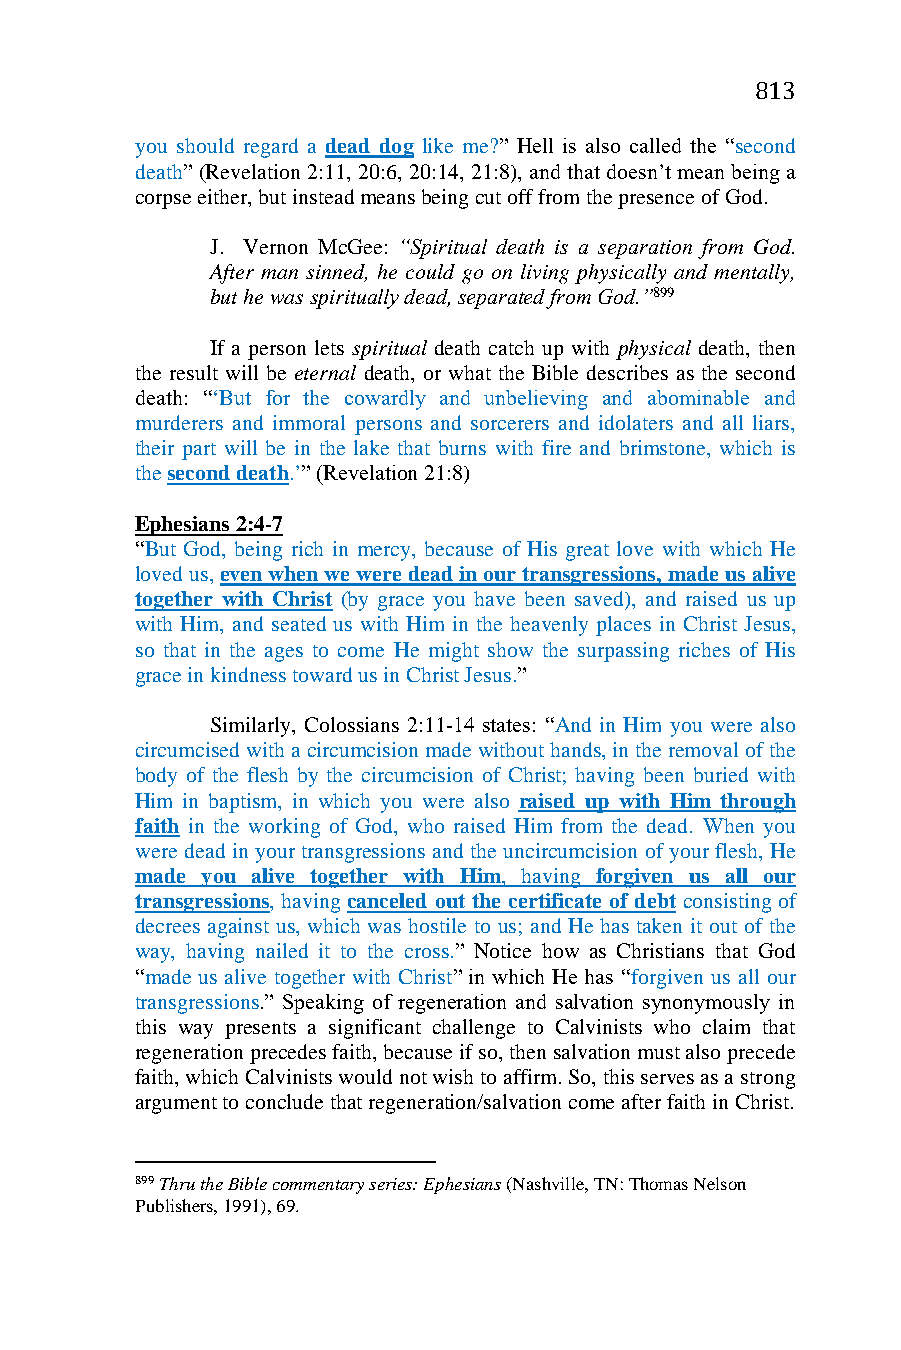
813
 you should regard a dead dog like me?” Hell is also called the “second
 death” (Revelation 2:11, 20:6, 20:14, 21:8), and that doesn’t mean being a
 corpse either, but instead means being cut off from the presence of God.
 J. Vernon McGee: “Spiritual death is a separation from God.
 After man sinned, he could go on living physically and mentally,
 but he was spiritually dead, separated from God.”899
 If a person lets spiritual death catch up with physical death, then
 the result will be eternal death, or what the Bible describes as the second
 death: “‘But for the cowardly and unbelieving and abominable and
 murderers and immoral persons and sorcerers and idolaters and all liars,
 their part will be in the lake that burns with fire and brimstone, which is
 the second death.’” (Revelation 21:8)
 Ephesians 2:4-7
 “But God, being rich in mercy, because of His great love with which He
 loved us, even when we were dead in our transgressions, made us alive
 together with Christ (by grace you have been saved), and raised us up
 with Him, and seated us with Him in the heavenly places in Christ Jesus,
 so that in the ages to come He might show the surpassing riches of His
 grace in kindness toward us in Christ Jesus.”
 Similarly, Colossians 2:11-14 states: “And in Him you were also
 circumcised with a circumcision made without hands, in the removal of the
 body of the flesh by the circumcision of Christ; having been buried with
 Him in baptism, in which you were also raised up with Him through
 faith in the working of God, who raised Him from the dead. When you
 were dead in your transgressions and the uncircumcision of your flesh, He
 made you alive together with Him, having forgiven us all our
 transgressions, having canceled out the certificate of debt consisting of
 decrees against us, which was hostile to us; and He has taken it out of the
 way, having nailed it to the cross.” Notice how as Christians that God
 “made us alive together with Christ” in which He has “forgiven us all our
 transgressions.” Speaking of regeneration and salvation synonymously in
 this way presents a significant challenge to Calvinists who claim that
 regeneration precedes faith, because if so, then salvation must also precede
 faith, which Calvinists would not wish to affirm. So, this serves as a strong
 argument to conclude that regeneration/salvation come after faith in Christ.
 899 Thru the Bible commentary series: Ephesians (Nashville, TN: Thomas Nelson
 Publishers, 1991), 69.